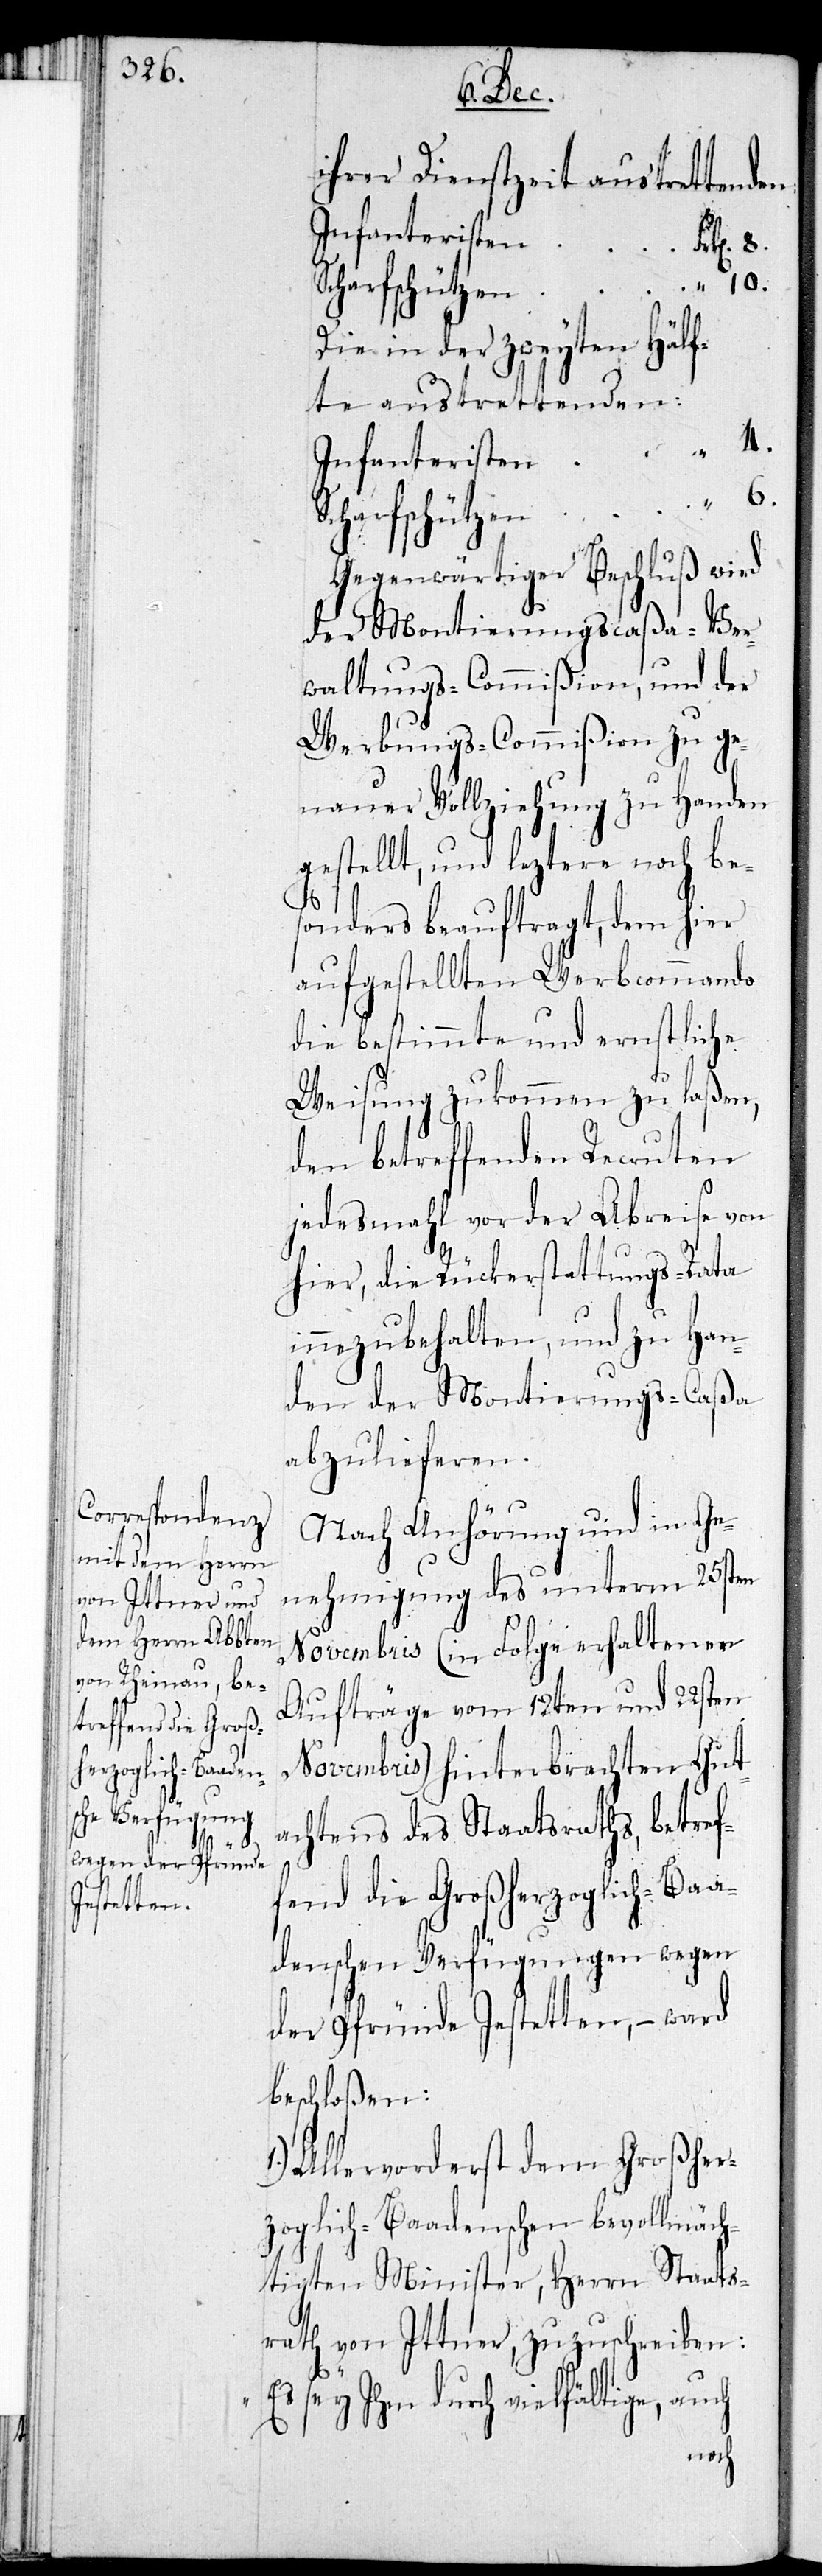
S¬

ihrer Dienstzeit austrettenden:
Infanteristen
ken. 8.
“ 10.
Die in der zweyten Hälf¬
te austrettenden:
“ 4.
charfschützen
Gegenwärtiger Beschluß wird
der Montierungscaßa-Ver¬
waltungs-Commißion, und der
Werbungs-Commißion zu ge¬
nauer Vollziehung zu Handen
gestellt, und leztere noch bes¬
onders beauftragt, dem hier
aufgestellten Werbcommando
die bestimmte und ernstliche
Weisung zukommen zu laßen,
den betreffenden Recruten
jedesmahl vor der Abreise von
hier, die Rückerstattungs-Rata
innezubehalten, und zu Han¬
den der Montierungs-Caßa
abzulieferen.
Nach Anhörung und in Ge¬
nehmigung des unterm 25sten
Novembris (in Folge erhaltener
Aufträge vom 12ten und 22sten
Novembris) hinterbrachten Gut¬
achtens des Staatsraths, betref¬
fend die Großherzoglich-Baa¬
dischen Verfügungen wegen
der Pfründe Jestetten, – ward
beschloßen:
Allervorderst dem Großher¬
zoglich-Baadischen bevollmäch¬
tigten Minister, Herrn Staats¬
rath von Ittner, zuzuschreiben:
„Es sey Ihm durch vielfältige, auch